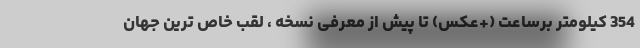
354 کیلومتر برساعت (+عکس) تا پیش از معرفی نسخه ، لقب خاص ترین جهان